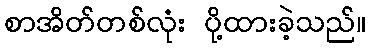
စာအိတ်တစ်လုံး ပို့ထားခဲ့သည်။